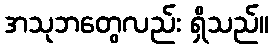
အသုဘတွေလည်း ရှိသည်။